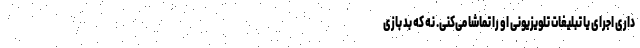
داری اجرای یا تبلیغات تلویزیونی او را تماشا می‌کنی. نه که بد بازی